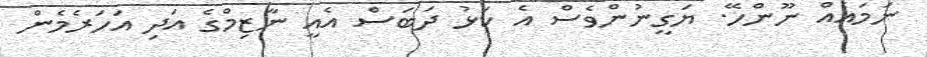
ނަމައެއް ނޫންހޭ. ޔަގީނުންވެސް އެ ކަޅު ދަބަސް އެއީ ނާޒިމްގެ އަދި އަހަރެމެން